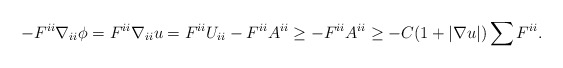
\begin{align*}- F^{ii} \nabla_{ii} \phi = F^{ii} \nabla_{ii} u = F^{ii} U_{ii} - F^{ii} A^{ii} \geq -F^{ii} A^{ii} \geq - C (1 + |\nabla u|) \sum F^{ii}.\end{align*}